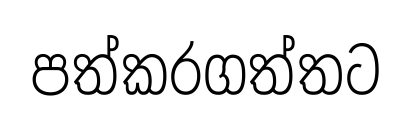
පත්කරගත්තට